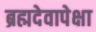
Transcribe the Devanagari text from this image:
ब्रह्मदेवापेक्षा